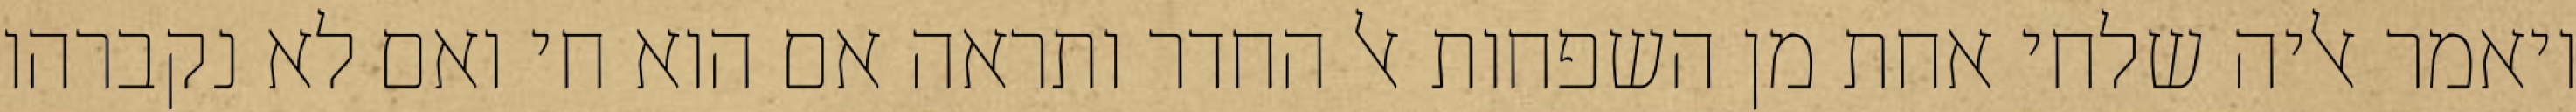
ויאמר אליה שלחי אחת מן השפחות אל החדר ותראה אם הוא חי ואם לא נקברהו